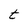
Character: t